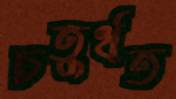
চতুর্থত